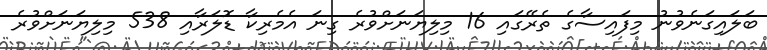
ބަލައިގަނެވުނު މިފައިސާގެ ތެރޭގައި 16 މިލިޔަނަށްވުރެ ގިނަ އެމެރިކާ ޑޮލަރާއި 538 މިލިޔަނަށްވުރެ